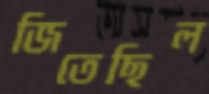
জিতেছিল